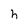
Character: h